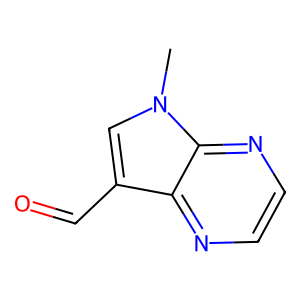
SMILES: Cn1cc(C=O)c2nccnc21
Inhibits HIV replication: No